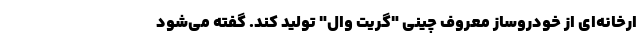
ارخانه‌ای از خودروساز معروف چینی "گریت وال" تولید کند. گفته می‌شود